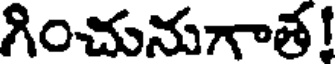
గించునుగాత!